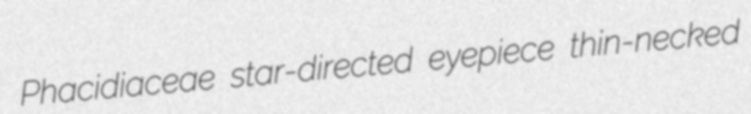
Phacidiaceae star-directed eyepiece thin-necked